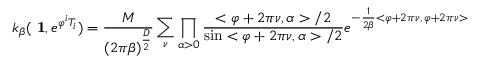
k _ { \beta } ( \mathrm { \bf ~ 1 } , e ^ { \varphi ^ { i } T _ { i } } ) = \frac { M } { ( 2 \pi \beta ) ^ { \frac { D } { 2 } } } \sum _ { \nu } \prod _ { \alpha > 0 } \frac { < \varphi + 2 \pi \nu , \alpha > / 2 } { \sin < \varphi + 2 \pi \nu , \alpha > / 2 } e ^ { - \frac { 1 } { 2 \beta } < \varphi + 2 \pi \nu , \, \varphi + 2 \pi \nu > }